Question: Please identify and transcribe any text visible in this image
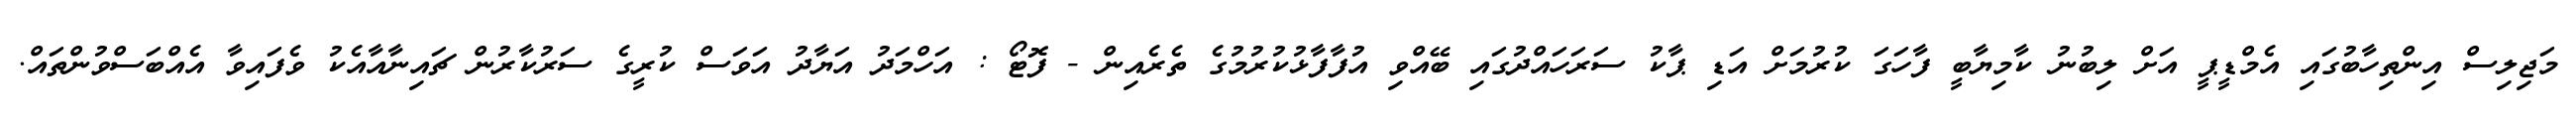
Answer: މަޖިލިސް އިންތިހާބުގައި އެމްޑީޕީ އަށް ލިބުނު ކާމިޔާބީ ފާހަގަ ކުރުމަށް އަޑި ޕާކު ސަރަހައްދުގައި ބޭއްވި އުފާފާޅުކުރުމުގެ ތެރެއިން - ފޮޓޯ : އަހްމަދު އަޔާދު އަވަސް ކުރީގެ ސަރުކާރުން ޗައިނާއާއެކު ވެފައިވާ އެއްބަސްވުންތައް.